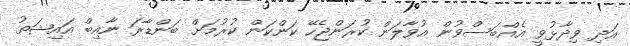
އަދި ވިދާޅުވީ އެއްބަސްވުން އުވާލަން ކުރަންޖެހޭ ކަންކަން ކުރުމަށް ބަންޑާރަ ނާއިބް އައިޝަތު